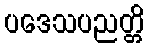
ပဒေသပညတ္တိ